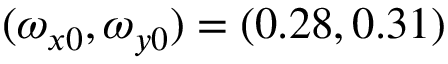
( \omega _ { x 0 } , \omega _ { y 0 } ) = ( 0 . 2 8 , 0 . 3 1 )